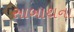
સાબાથના